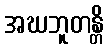
အဃဘူတန္တိ